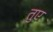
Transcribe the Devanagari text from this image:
तुए